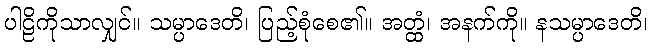
ပါဠိကိုသာလျှင်။ သမ္ပာဒေတိ၊ ပြည့်စုံစေ၏။ အတ္ထံ၊ အနက်ကို။ နသမ္ပာဒေတိ၊